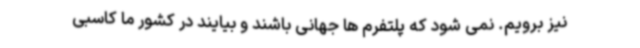
نیز برویم. نمی شود که پلتفرم ها جهانی باشند و بیایند در کشور ما کاسبی